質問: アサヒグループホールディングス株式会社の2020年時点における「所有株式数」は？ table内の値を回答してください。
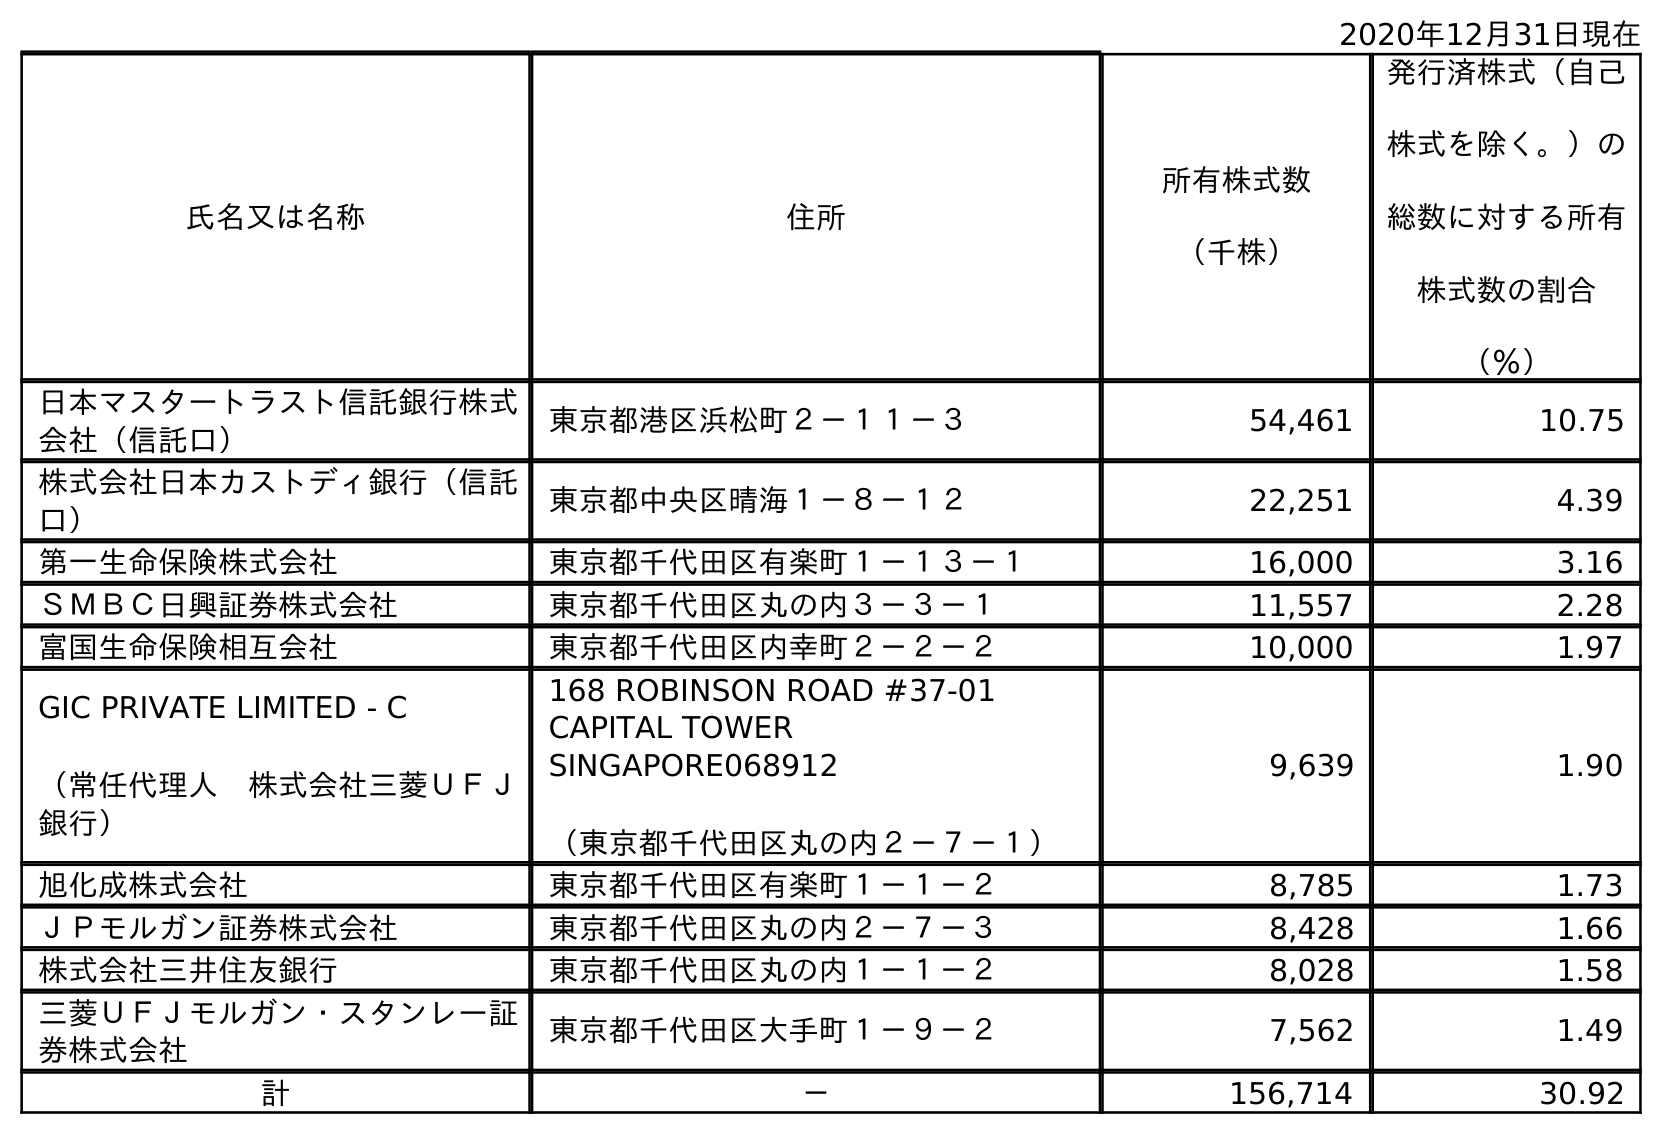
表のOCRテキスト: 2020年12月31日現在 氏名又は名称 住所 所有株式数 （千株） 発行済株式（自己 株式を除く。）の 総数に対する所有 株式数の割合 （％） 日本マスタートラスト信託銀行株式 会社（信託口） 東京都港区浜松町２－１１－３ 54,461 10.75 株式会社日本カストディ銀行（信託 口） 東京都中央区晴海１－８－１２ 22,251 4.39 第一生命保険株式会社 東京都千代田区有楽町１－１３－１ 16,000 3.16 ＳＭＢＣ日興証券株式会社 東京都千代田区丸の内３－３－１ 11,557 2.28 富国生命保険相互会社 東京都千代田区内幸町２－２－２ 10,000 1.97 GIC PRIVATE LIMITED - C （常任代理人 株式会社三菱ＵＦＪ 銀行） 168 ROBINSON ROAD #37-01 CAPITAL TOWER SINGAPORE068912 （東京都千代田区丸の内２－７－１） 9,639 1.90 旭化成株式会社 東京都千代田区有楽町１－１－２ 8,785 1.73 ＪＰモルガン証券株式会社 東京都千代田区丸の内２－７－３ 8,428 1.66 株式会社三井住友銀行 東京都千代田区丸の内１－１－２ 8,028 1.58 三菱ＵＦＪモルガン・スタンレー証 券株式会社 東京都千代田区大手町１－９－２ 7,562 1.49 計 － 156,714 30.92
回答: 156,714